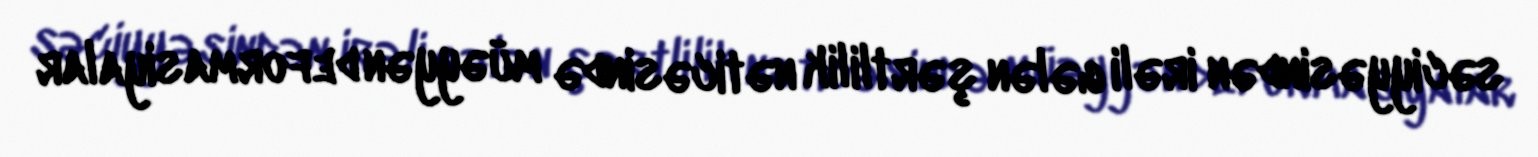
səciyyəsindən irəli gələn şərtlilik nəticəsində müəyyən deformasiyalar